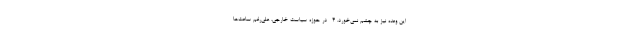
این وعده نیز به چشم نمی‌خورد. 4- در حوزه سیاست خارجی، علی‌رغم ساعت‌ها